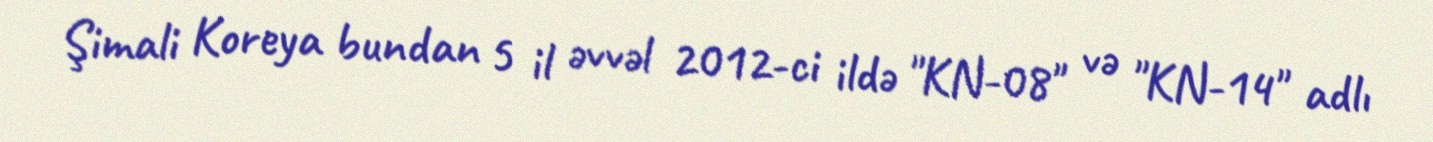
Şimali Koreya bundan 5 il əvvəl 2012-ci ildə "KN-08" və "KN-14" adlı